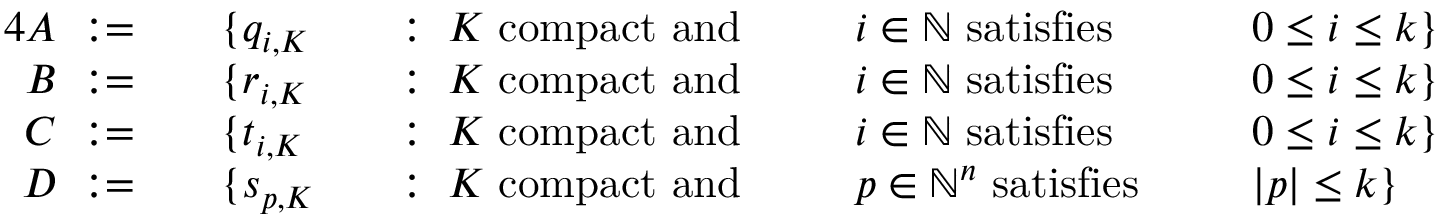
{ \begin{array} { r l r l r l r l } { { 4 } A ~ : = \quad } & { \{ q _ { i , K } } & & { : \; K { \mathrm { ~ c o m p a c t ~ a n d ~ } } \; } & & { i \in \mathbb { N } { \mathrm { ~ s a t i s f i e s ~ } } \; } & & { 0 \leq i \leq k \} } \\ { B ~ : = \quad } & { \{ r _ { i , K } } & & { : \; K { \mathrm { ~ c o m p a c t ~ a n d ~ } } \; } & & { i \in \mathbb { N } { \mathrm { ~ s a t i s f i e s ~ } } \; } & & { 0 \leq i \leq k \} } \\ { C ~ : = \quad } & { \{ t _ { i , K } } & & { : \; K { \mathrm { ~ c o m p a c t ~ a n d ~ } } \; } & & { i \in \mathbb { N } { \mathrm { ~ s a t i s f i e s ~ } } \; } & & { 0 \leq i \leq k \} } \\ { D ~ : = \quad } & { \{ s _ { p , K } } & & { : \; K { \mathrm { ~ c o m p a c t ~ a n d ~ } } \; } & & { p \in \mathbb { N } ^ { n } { \mathrm { ~ s a t i s f i e s ~ } } \; } & & { | p | \leq k \} } \end{array} }